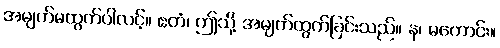
အမျက်မထွက်ပါလင့်။ ဧတံ၊ ဤသို့ အမျက်ထွက်ခြင်းသည်။ န၊ မကောင်း။